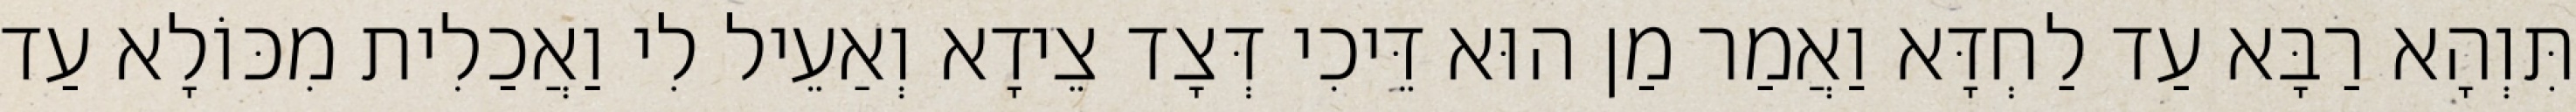
תִּוְהָא רַבָּא עַד לַחְדָּא וַאֲמַר מַן הוּא דֵּיכִי דְּצָד צֵידָא וְאַעֵיל לִי וַאֲכַלִית מִכּוֹלָא עַד